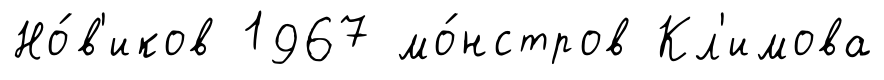
Но́в'иков 1967 мо́нстров Кл'имова